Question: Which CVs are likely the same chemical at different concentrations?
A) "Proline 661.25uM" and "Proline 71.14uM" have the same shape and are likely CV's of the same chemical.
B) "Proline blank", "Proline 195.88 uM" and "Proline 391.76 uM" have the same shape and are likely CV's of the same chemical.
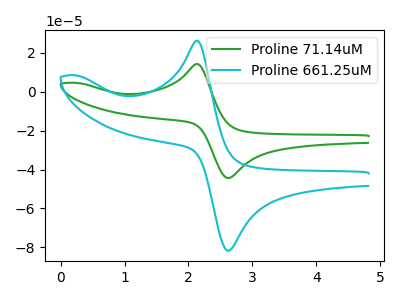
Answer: <think>The green curve "Proline 71.14uM" has an anodic peak at (2.15V, 14.20uA) and a cathodic peak at (2.65V, -44.35uA). The cyan curve "Proline 661.25uM" has an anodic peak at (2.15V, 26.15uA) and a cathodic peak at (2.65V, -81.60uA).
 All the peaks in "Proline 71.14uM" have a peak in "Proline 661.25uM" at the same potential. Every peak in "Proline 71.14uM" is lower than every peak in "Proline 661.25uM".</think>
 <answer>A) "Proline 661.25uM" and "Proline 71.14uM" have the same shape and are likely CV's of the same chemical.</answer>
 <eval>A</eval>